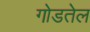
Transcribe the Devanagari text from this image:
गोडतेल